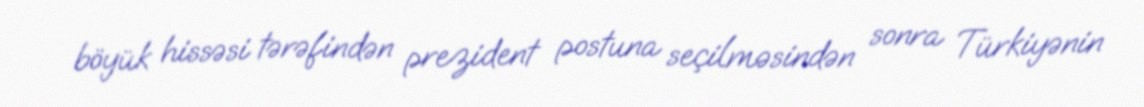
böyük hissəsi tərəfindən prezident postuna seçilməsindən sonra Türkiyənin